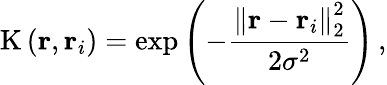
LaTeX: \mathrm{K}\left(\mathbf{r},\mathbf{r}_{i}\right)=\exp\left(-\frac{\left\| \mathbf{r}-\mathbf{r}_{i}\right\| _{2}^{2}}{2\sigma^{2}}\right)\, ,